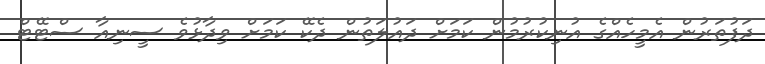
ދަފުތަރުން އެމީހެއްގެ އުނިކުރުމުން ކަމަށް ދައުލަތުން ދެކޭ ކަމަށް ވިދާޅުވެ ސީނިއާ ސްޓޭޓް